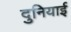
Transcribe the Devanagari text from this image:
दुनियाई